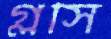
গ্লসি